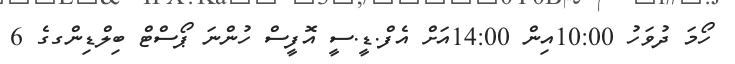
ހޯމަ ދުވަހު 10:00އިން 14:00އަށް އެފް.ޑީ.ސީ އޮފީސް ހުންނަ ޕޯސްޓް ބިލްޑިންގގެ 6